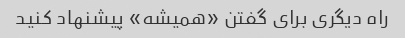
راه دیگری برای گفتن «همیشه» پیشنهاد کنید